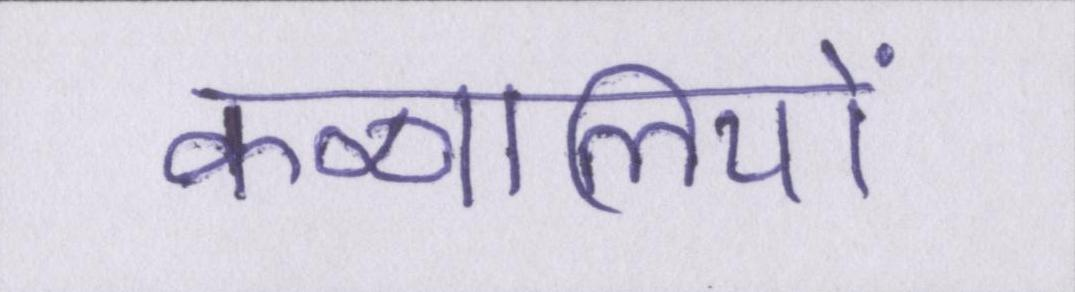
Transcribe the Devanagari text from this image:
कव्वालियों